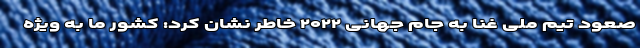
صعود تیم ملی غنا به جام جهانی ۲۰۲۲ خاطر نشان کرد: کشور ما به ویژه